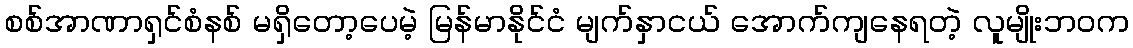
စစ်အာဏာရှင်စံနစ် မရှိတော့ပေမဲ့ မြန်မာနိုင်ငံ မျက်နှာငယ် အောက်ကျနေရတဲ့ လူမျိုးဘဝက